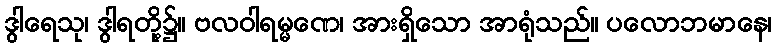
ဒွါရေသု၊ ဒွါရတို့၌။ ဗလဝါရမ္မဏေ၊ အားရှိသော အာရုံသည်။ ပလောဘမာနေ၊